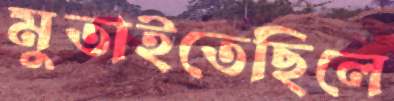
মুতাইতেছিলে